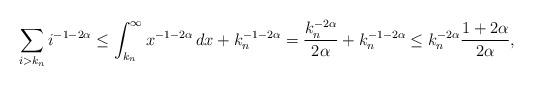
LaTeX: \begin{align*}\sum_{i>k_n}i^{-1-2\alpha} \leq \int_{k_n}^\infty x^{-1-2\alpha}\, dx + k_n^{-1-2\alpha} = \frac{k_n^{-2\alpha}}{2\alpha} + k_n^{-1-2\alpha} \leq k_n^{-2\alpha} \frac{1+2\alpha}{2\alpha}, \end{align*}